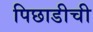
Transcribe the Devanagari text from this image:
पिछाडीची